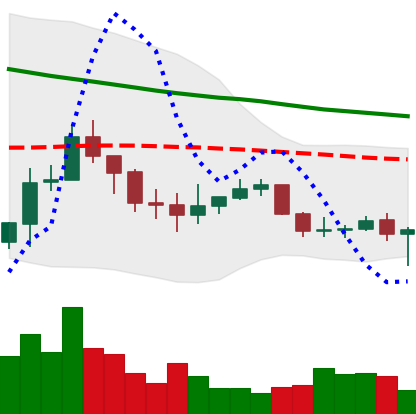
Ticker: ADA-USD
Chart end date: 2019-12-15
Forward return: -7.227%
Label: down_7plus